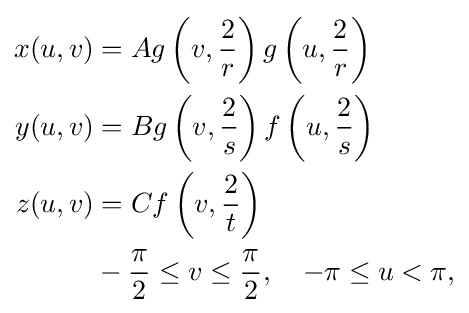
{\begin{aligned}x(u,v)&{}=Ag\left(v,{\frac {2}{r}}\right)g\left(u,{\frac {2}{r}}\right)\\y(u,v)&{}=Bg\left(v,{\frac {2}{s}}\right)f\left(u,{\frac {2}{s}}\right)\\z(u,v)&{}=Cf\left(v,{\frac {2}{t}}\right)\\&-{\frac {\pi }{2}}\leq v\leq {\frac {\pi }{2}},\quad -\pi \leq u<\pi ,\end{aligned}}